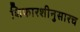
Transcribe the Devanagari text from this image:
शिफारशीनुसारच